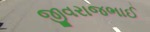
જીવરાજભાઈ